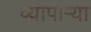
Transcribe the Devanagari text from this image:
व्यापाऱ्या